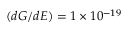
( d G / d E ) = 1 \times 1 0 ^ { - 1 9 }